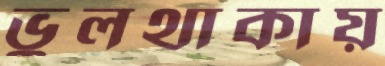
ভুলথাকায়